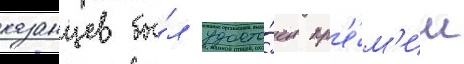
казанцев бы́л удосто́ен пр'е́м'ии